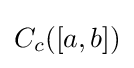
C_{c}([a,b])